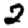
Digit: 2